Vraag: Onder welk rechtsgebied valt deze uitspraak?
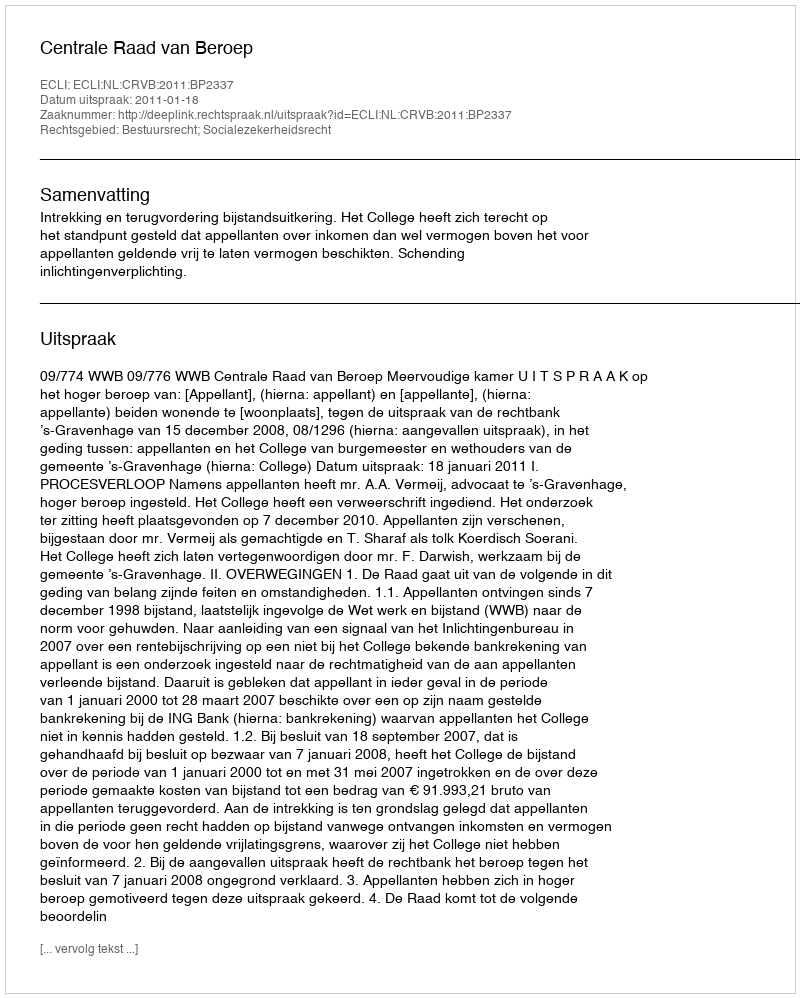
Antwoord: Bestuursrecht; Socialezekerheidsrecht